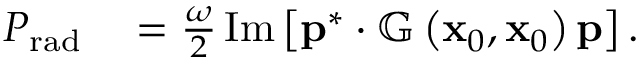
\begin{array} { r l } { P _ { \mathrm { r a d } } } & { { } = \frac { \omega } { 2 } \operatorname { I m } \left[ \mathbf { p } ^ { * } \cdot \mathbb { G } \left( \mathbf { x } _ { 0 } , \mathbf { x } _ { 0 } \right) \mathbf { p } \right] . } \end{array}